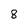
Character: 8